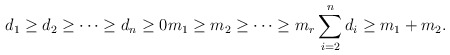
\begin{align*} d_1 \geq d_2 \geq \dots \geq d_n \geq 0 m_1 \geq m_2 \geq \dots \geq m_r \sum_{i=2}^n d_i \geq m_1 + m_2.\end{align*}